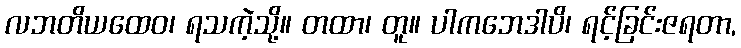
လဘတိယထေဝ၊ ရသကဲ့သို့။ တထာ၊ တူ။ ပါကဘေဒါပိ၊ ရင့်ခြင်းဇရတာ,